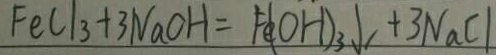
F e C l _ { 3 } + 3 N a O H = F e ( O H ) _ { 3 } \downarrow + 3 N a C l